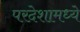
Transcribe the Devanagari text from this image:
परदेशामध्ये